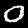
Digit: 0